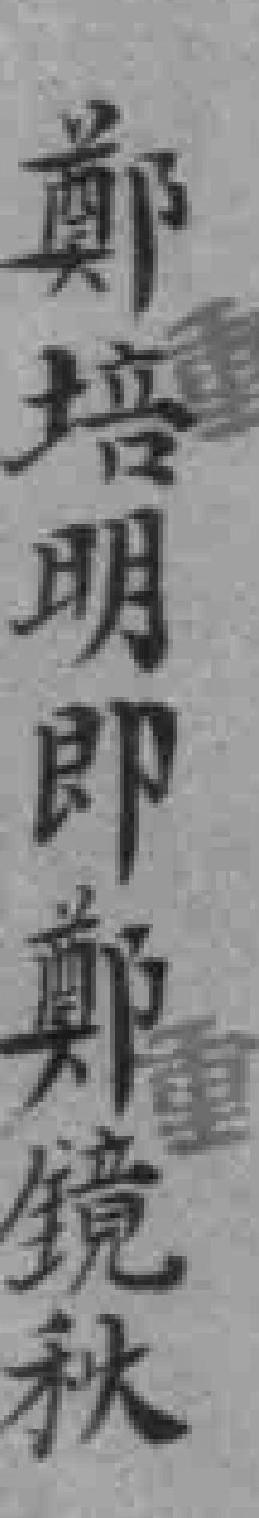
鄭培明即鄭鏡秋